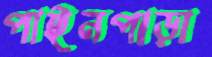
পাইনপাড়া